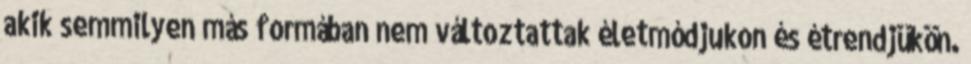
akik semmilyen más formában nem változtattak életmódjukon és étrendjükön.